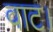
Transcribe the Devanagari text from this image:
वाट।